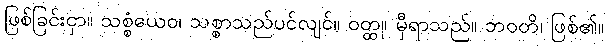
ဖြစ်ခြင်းငှာ။ သစ္စံယေဝ၊ သစ္စာသည်ပင်လျင်။ ဝတ္ထု၊ မှီရာသည်။ ဘဝတိ၊ ဖြစ်၏။